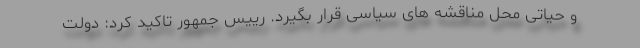
و حیاتی محل مناقشه های سیاسی قرار بگیرد. رییس جمهور تاکید کرد: دولت